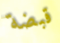
قبضة